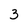
Character: 3